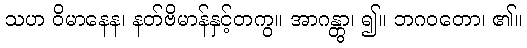
သဟ ဝိမာနေန၊ နတ်ဗိမာန်နှင့်တကွ။ အာဂန္တွာ၊ ၍။ ဘဂဝတော၊ ၏။